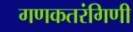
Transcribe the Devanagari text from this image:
गणकतरंगिणी